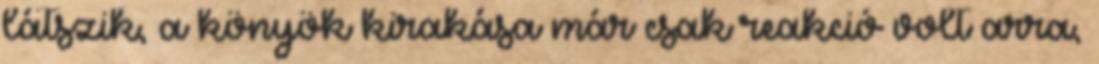
látszik, a könyök kirakása már csak reakció volt arra,